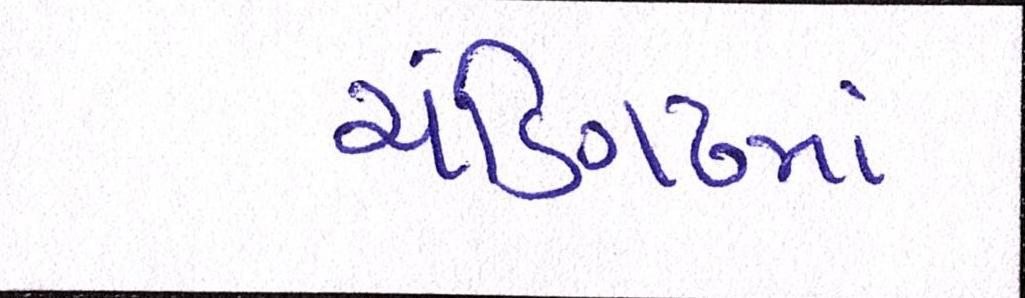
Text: ચંડિગઢમાં